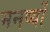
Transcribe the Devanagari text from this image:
मनष्यों